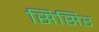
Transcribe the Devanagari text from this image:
सिसिर